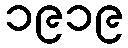
၁၉၁၉